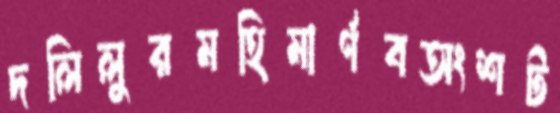
দলিলুরমহিমার্ণবঅংশট